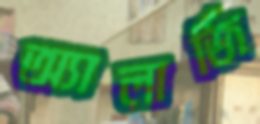
অ্যালার্জি